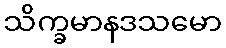
သိက္ခမာနဒသမော